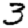
Digit: 3